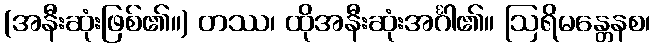
(အနီးဆုံးဖြစ်၏။) တဿ၊ ထိုအနီးဆုံးအင်္ဂါ၏။ ဩရိမန္တေနစ၊